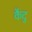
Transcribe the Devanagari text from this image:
कैदु